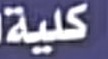
كلیة